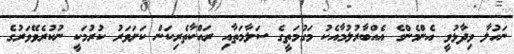
ނަހުލާ ވިދާޅުވީ އެންމެންގެ އެއްބާރުލުމާއެކު މަގުމަތީގެ ސަލާމަތާއި ރައްކާތެރިކަން ކަށަވަރު ކުރުމަކީ ނުކުރެވޭވަރުގެ